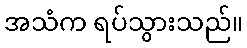
အသံက ရပ်သွားသည်။